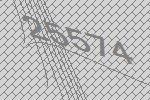
25574